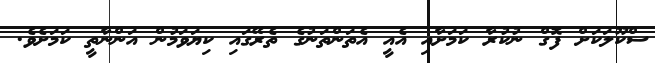
ސްކޫލަކަށް ފޮގް ނުކުރާ ކަމަށާއި އެއީ އެތަންތަނުގެ ތެރޭގައި ކިޔަވަމުން އަންނާތީ ކަމަށެވެ.